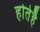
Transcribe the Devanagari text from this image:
होतेहै